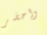
واحضر